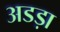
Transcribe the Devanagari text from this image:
अडड़ा